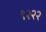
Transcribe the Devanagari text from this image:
९२२२